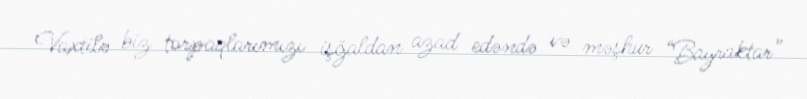
Vaxtilə biz torpaqlarımızı işğaldan azad edəndə və məşhur “Bayraktar”